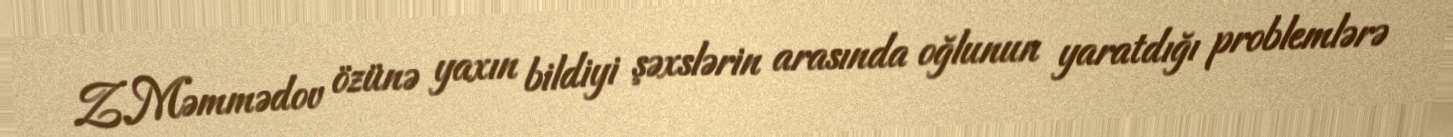
Z.Məmmədov özünə yaxın bildiyi şəxslərin arasında oğlunun yaratdığı problemlərə